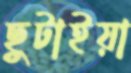
ছুটাইয়া